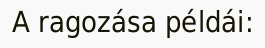
A ragozása példái: